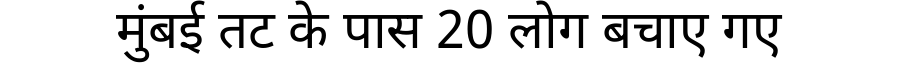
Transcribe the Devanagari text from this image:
मुंबई तट के पास 20 लोग बचाए गए